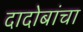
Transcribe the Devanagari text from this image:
दादोबांचा